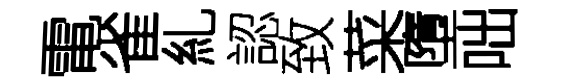
電雀糺認致菜墮咄